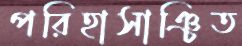
পরিহাসাঞ্চিত